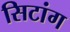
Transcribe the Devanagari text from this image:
सिटांग